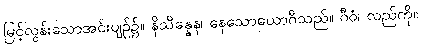
မြင့်လွန်းသောအင်းပျဉ်၌။ နိသိန္နေန၊ နေသောယောဂီသည်။ ဂီဝံ၊ လည်ကို။